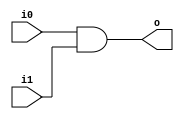
module and1 (input wire i0, i1, output wire o);
	assign o = i0 & i1;
endmodule

module or1 (input wire i0, i1, output wire o);
	assign o = i0 | i1;
endmodule

module xor1 (input wire i0, i1, output wire o);
	assign o = i0 ^ i1;
endmodule

module xor2 (input wire i0, i1, i2, output wire o);
	wire t;
	xor1 x1 (i0, i1, t);
	xor1 x2 (i2, t, o);
endmodule

module pigi (input wire a, b, output wire p, g);
	or1 or_1 (a, b, p);
	and1 and_1 (a, b, g);
endmodule

module sum1 (input wire a, b, gi, output wire s);
	xor2 x3 (a, b, gi, s);
endmodule

module box (input wire pi, gi, pj, gj, output wire pf, gf);
	wire t;
	and1 a1 (pi, pj, pf);
	and1 a2 (pi, gj, t);
	or1 o1 (gi, t, gf);
endmodule


module bit8_prefix_adder (input wire [7:0] a, b, input wire cin, output wire [7:0] sum);
	wire [7:0] p, g;
	
	pigi p0_g0 (a[0], b[0], p[0], g[0]);
	pigi p1_g1 (a[1], b[1], p[1], g[1]);
	pigi p2_g2 (a[2], b[2], p[2], g[2]);
	pigi p3_g3 (a[3], b[3], p[3], g[3]);
	pigi p4_g4 (a[4], b[4], p[4], g[4]);
	pigi p5_g5 (a[5], b[5], p[5], g[5]);
	pigi p6_g6 (a[6], b[6], p[6], g[6]);
	pigi p7_g7 (a[7], b[7], p[7], g[7]);
	
	wire [3:0] lvl1_P, lvl1_G;
	box box_lvl1_0 (p[0], g[0], 1'b0, cin, lvl1_P[0], lvl1_G[0]);
	box box_lvl1_1 (p[2], g[2], p[1], g[1], lvl1_P[1], lvl1_G[1]);
	box box_lvl1_2 (p[4], g[4], p[3], g[3], lvl1_P[2], lvl1_G[2]);
	box box_lvl1_3 (p[6], g[6], p[5], g[5], lvl1_P[3], lvl1_G[3]);
	
	wire [3:0] lvl2_P, lvl2_G;
	box box_lvl2_0 (p[1], g[1], lvl1_P[0], lvl1_G[0], lvl2_P[0], lvl2_G[0]);
	box box_lvl2_1 (lvl1_P[1], lvl1_G[1], lvl1_P[0], lvl1_G[0], lvl2_P[1], lvl2_G[1]);
	box box_lvl2_2 (p[5], g[5], lvl1_P[2], lvl1_G[2], lvl2_P[2], lvl2_G[2]);
	box box_lvl2_3 (lvl1_P[3], lvl1_G[3], lvl1_P[2], lvl1_G[2], lvl2_P[3], lvl2_G[3]);
	
	wire [3:0] lvl3_P, lvl3_G;
	box box_lvl3_0 (p[3], g[3], lvl2_P[1], lvl2_G[1], lvl3_P[0], lvl3_G[0]);
	box box_lvl3_1 (lvl1_P[2], lvl1_G[2], lvl2_P[1], lvl2_G[1], lvl3_P[1], lvl3_G[1]);
	box box_lvl3_2 (lvl2_P[2], lvl2_G[2], lvl2_P[1], lvl2_G[1], lvl3_P[2], lvl3_G[2]);
	box box_lvl3_3 (lvl2_P[3], lvl2_G[3], lvl2_P[1], lvl2_G[1], lvl3_P[3], lvl3_G[3]);
	
	sum1 sum_0 (a[0], b[0], cin, sum[0]);
	sum1 sum_1 (a[1], b[1], lvl1_G[0], sum[1]);
	sum1 sum_2 (a[2], b[2], lvl2_G[0], sum[2]);
	sum1 sum_3 (a[3], b[3], lvl2_G[1], sum[3]);
	sum1 sum_4 (a[4], b[4], lvl3_G[0], sum[4]);
	sum1 sum_5 (a[5], b[5], lvl3_G[1], sum[5]);
	sum1 sum_6 (a[6], b[6], lvl3_G[2], sum[6]);
	sum1 sum_7 (a[7], b[7], lvl3_G[3], sum[7]);
	
endmodule